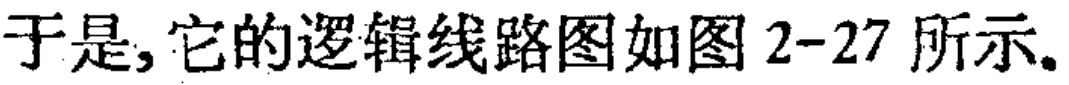
于是,它的逻辑线路图如图 2-27 所示。